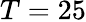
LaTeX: T=25